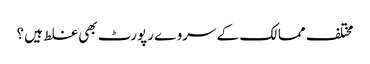
مختلف ممالک کے سروے رپورٹ بھی غلط ہیں ؟